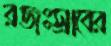
রজঃস্রাবের